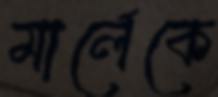
মার্লেকে